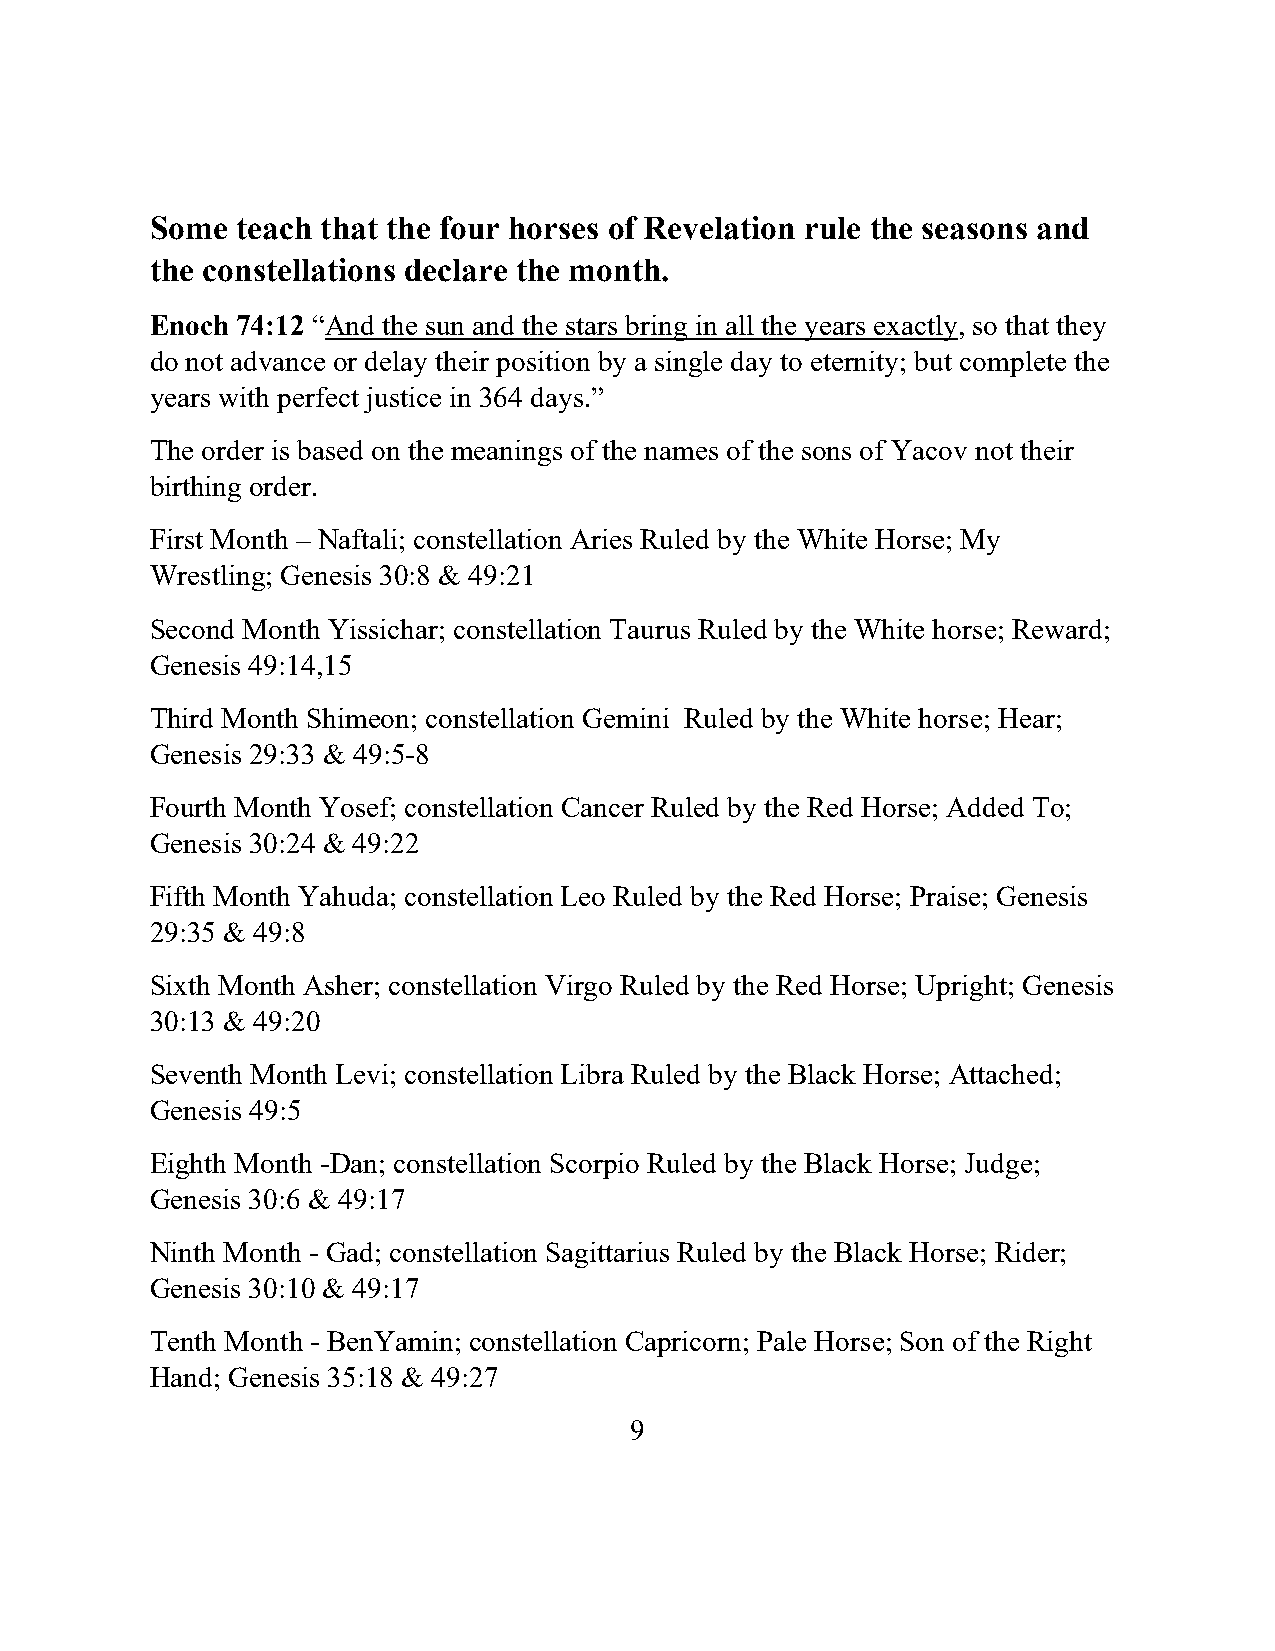
Some  teach that the four horses of Revelation rule the seasons and
 the constellations declare the month.
 Enoch 74:12 “And the sun and the stars bring in all the years exactly, so that they
 do not advance or delay their position by a single day to eternity; but complete the
 years with perfect justice in 364 days.”
 The order is based on the meanings of the names of the sons of Yacov not their
 birthing order.
 First Month – Naftali; constellation Aries Ruled by the White Horse; My
 Wrestling; Genesis 30:8 & 49:21
 Second Month Yissichar; constellation Taurus Ruled by the White horse; Reward;
 Genesis 49:14,15
 Third Month Shimeon; constellation Gemini Ruled by the White horse; Hear;
 Genesis 29:33 & 49:5-8
 Fourth Month Yosef; constellation Cancer Ruled by the Red Horse; Added To;
 Genesis 30:24 & 49:22
 Fifth Month Yahuda; constellation Leo Ruled by the Red Horse; Praise; Genesis
 29:35 & 49:8
 Sixth Month Asher; constellation Virgo Ruled by the Red Horse; Upright; Genesis
 30:13 & 49:20
 Seventh Month Levi; constellation Libra Ruled by the Black Horse; Attached;
 Genesis 49:5
 Eighth Month -Dan; constellation Scorpio Ruled by the Black Horse; Judge;
 Genesis 30:6 & 49:17
 Ninth Month - Gad; constellation Sagittarius Ruled by the Black Horse; Rider;
 Genesis 30:10 & 49:17
 Tenth Month - BenYamin; constellation Capricorn; Pale Horse; Son of the Right
 Hand; Genesis 35:18 & 49:27
 9